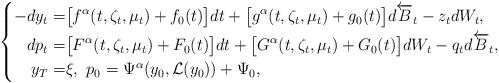
LaTeX: \begin{align*}\left\{\begin{aligned}-dy_t=&\big[f^\alpha(t,\zeta_t,\mu_t)+f_0(t)\big]dt+\big[g^\alpha(t,\zeta_t,\mu_t)+g_0(t)\big]d\overleftarrow B_t-z_tdW_t,\\dp_t=&\big[F^\alpha(t,\zeta_t,\mu_t)+F_0(t)\big]dt+\big[G^\alpha(t,\zeta_t,\mu_t)+G_0(t)\big]dW_t-q_td\overleftarrow B_t,\\y_T=&\xi,\,\,p_0=\Psi^\alpha(y_0,\mathcal L(y_0))+\Psi_0,\end{aligned}\right.\end{align*}